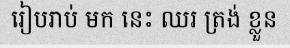
រៀបរាប់ មក នេះ ឈរ ត្រង់ ខ្លួន